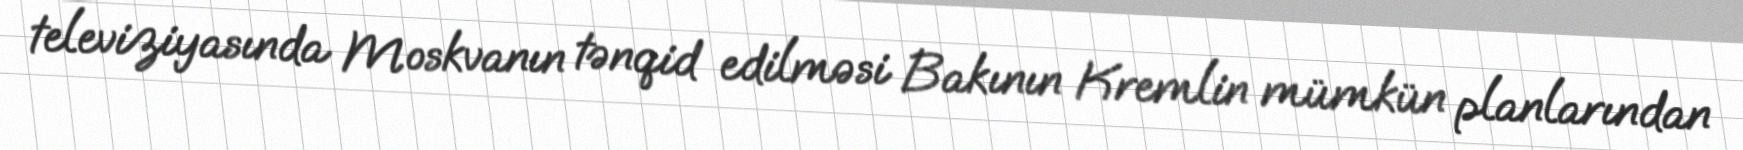
televiziyasında Moskvanın tənqid edilməsi Bakının Kremlin mümkün planlarından